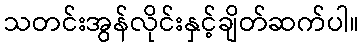
သတင်းအွန်လိုင်းနှင့်ချိတ်ဆက်ပါ။